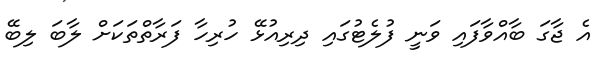
އެ ޖާގަ ބާއްވާފައި ވަނީ ފުލެޓުގައި ދިރިއުޅޭ ހުރިހާ ފަރާތްތަކަށް ލާބަ ލިބޭ